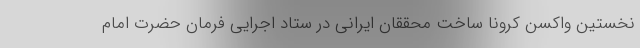
نخستین واکسن کرونا ساخت محققان ایرانی در ستاد اجرایی فرمان حضرت امام